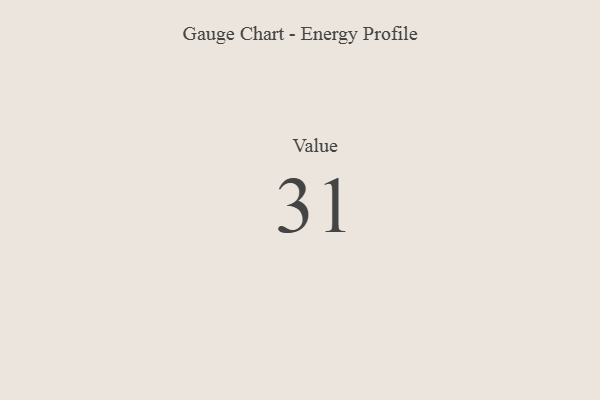
{"axis": {"x": "Metric", "y": "Value"}, "legend": [""], "data": [{"x": "Value", "y": 31, "type": ""}]}